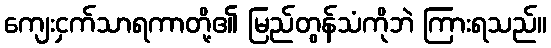
ကျေးငှက်သာရကာတို့၏ မြည်တွန်သံကိုဘဲ ကြားရသည်။